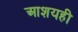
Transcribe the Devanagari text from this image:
आशयही